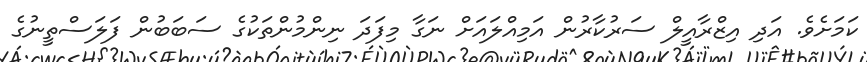
ކަމަށެވެ. އަދި އިޒްރާއީލް ސަރުކާރުން އަމިއްލައަށް ނަގާ މިފަދަ ނިންމުންތަކުގެ ސަބަބުން ފަލަސްތީނުގެ